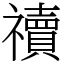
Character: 䄣